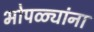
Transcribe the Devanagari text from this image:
भोपळ्यांना